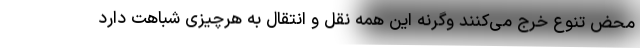
محض تنوع خرج می‌کنند وگرنه این همه نقل و انتقال به هرچیزی شباهت دارد